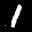
Label: 1